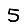
Digit: 5